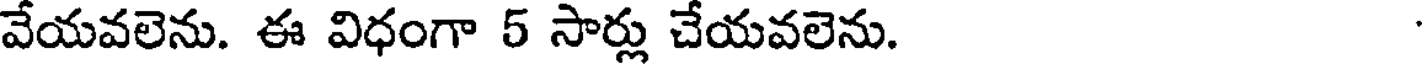
వేయవలెను. ఈ విధంగా 5 సార్లు చేయవలెను.